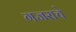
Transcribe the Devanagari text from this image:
गजराचे